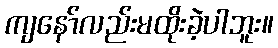
ကျနော်လည်းမထိုးခဲ့ပါဘူး။